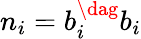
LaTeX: n_{i}=b_{i}^{\dag}b_{i}